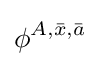
\phi ^{A,{\bar {x}},{\bar {a}}}